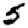
Digit: 5